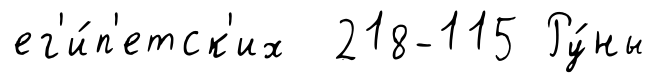
ег'и́п'етск'их 218-115 Ру́ны